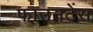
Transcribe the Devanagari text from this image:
फाउनटेंस